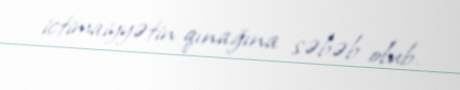
ictimaiyyətin qınağına səbəb olub.